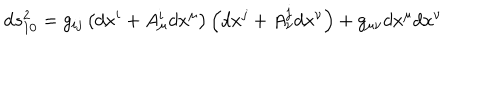
LaTeX: \mathrm { d } s _ { 1 0 } ^ { 2 } = g _ { i j } \left( d x ^ { i } + A _ { \mu } ^ { i } d x ^ { \mu } \right) \left( d x ^ { j } + A _ { \nu } ^ { j } d x ^ { \nu } \right) + g _ { \mu \nu } d x ^ { \mu } d x ^ { \nu }